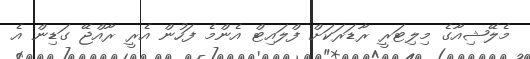
މެލޭޝިއާގެ މިލިޓަރީ ރާޑަރަކަށް ފްލައިޓް އެންމެ ފަހުން އެރީ ރާއްޖޭ ގަޑިން އެ